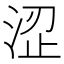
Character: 涩